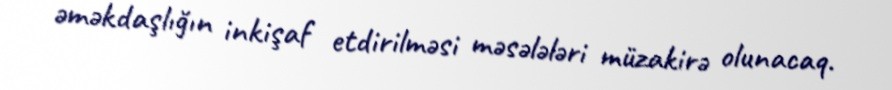
əməkdaşlığın inkişaf etdirilməsi məsələləri müzakirə olunacaq.